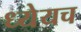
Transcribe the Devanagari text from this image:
ध्येयच